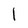
Character: l